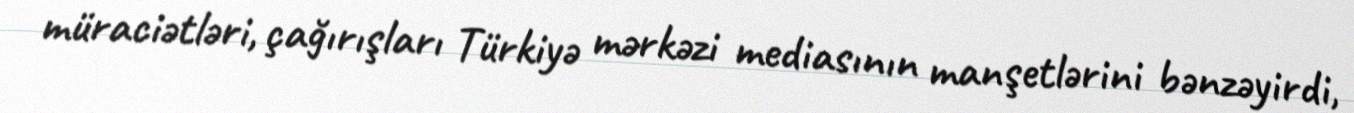
müraciətləri, çağırışları Türkiyə mərkəzi mediasının manşetlərini bənzəyirdi,